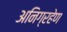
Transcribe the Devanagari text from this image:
अनिग्रहेण